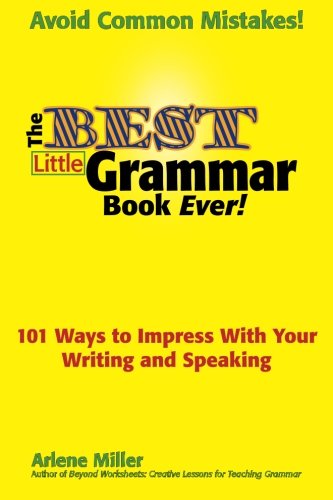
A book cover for The Best Little Grammar Book Ever!: 101 Ways to Impress With Your Writing and Speaking; Arlene Miller; Reference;